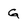
Character: g